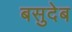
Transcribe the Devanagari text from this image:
बसुदेब